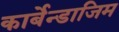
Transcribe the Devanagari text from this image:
कार्बेन्डाजिम